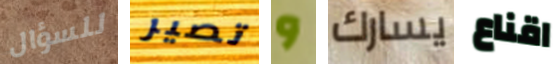
للسؤال تصير و يسارك اقناع